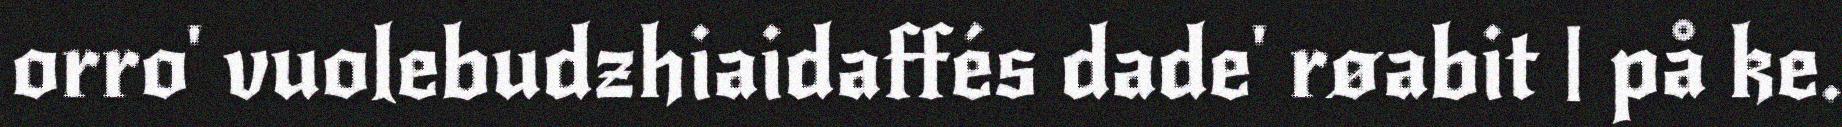
orro' vuolebudzhiaidaffés dade' røabit | på ke.